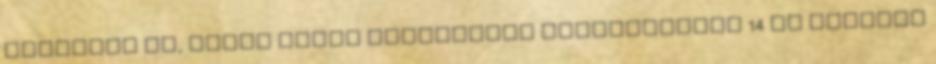
képeztek ki, ebből végül rendszeres monitorozást 14 fő végzett